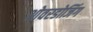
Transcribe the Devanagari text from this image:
ओवरडोजिंग